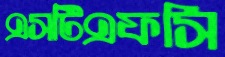
এসটিএফসি